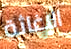
الإغاثة